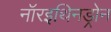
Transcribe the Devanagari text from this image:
नॉरइथिनड्रोन